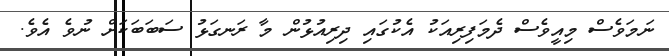
ނަމަވެސް މިއީވެސް ދެމަފިރިއަކު އެކުގައި ދިރިއުޅުން މާ ރަނގަޅު ސަބަބަކަށް ނުވެ އެވެ.